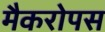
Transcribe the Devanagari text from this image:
मैकरोपस